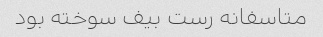
متاسفانه رست بیف سوخته بود